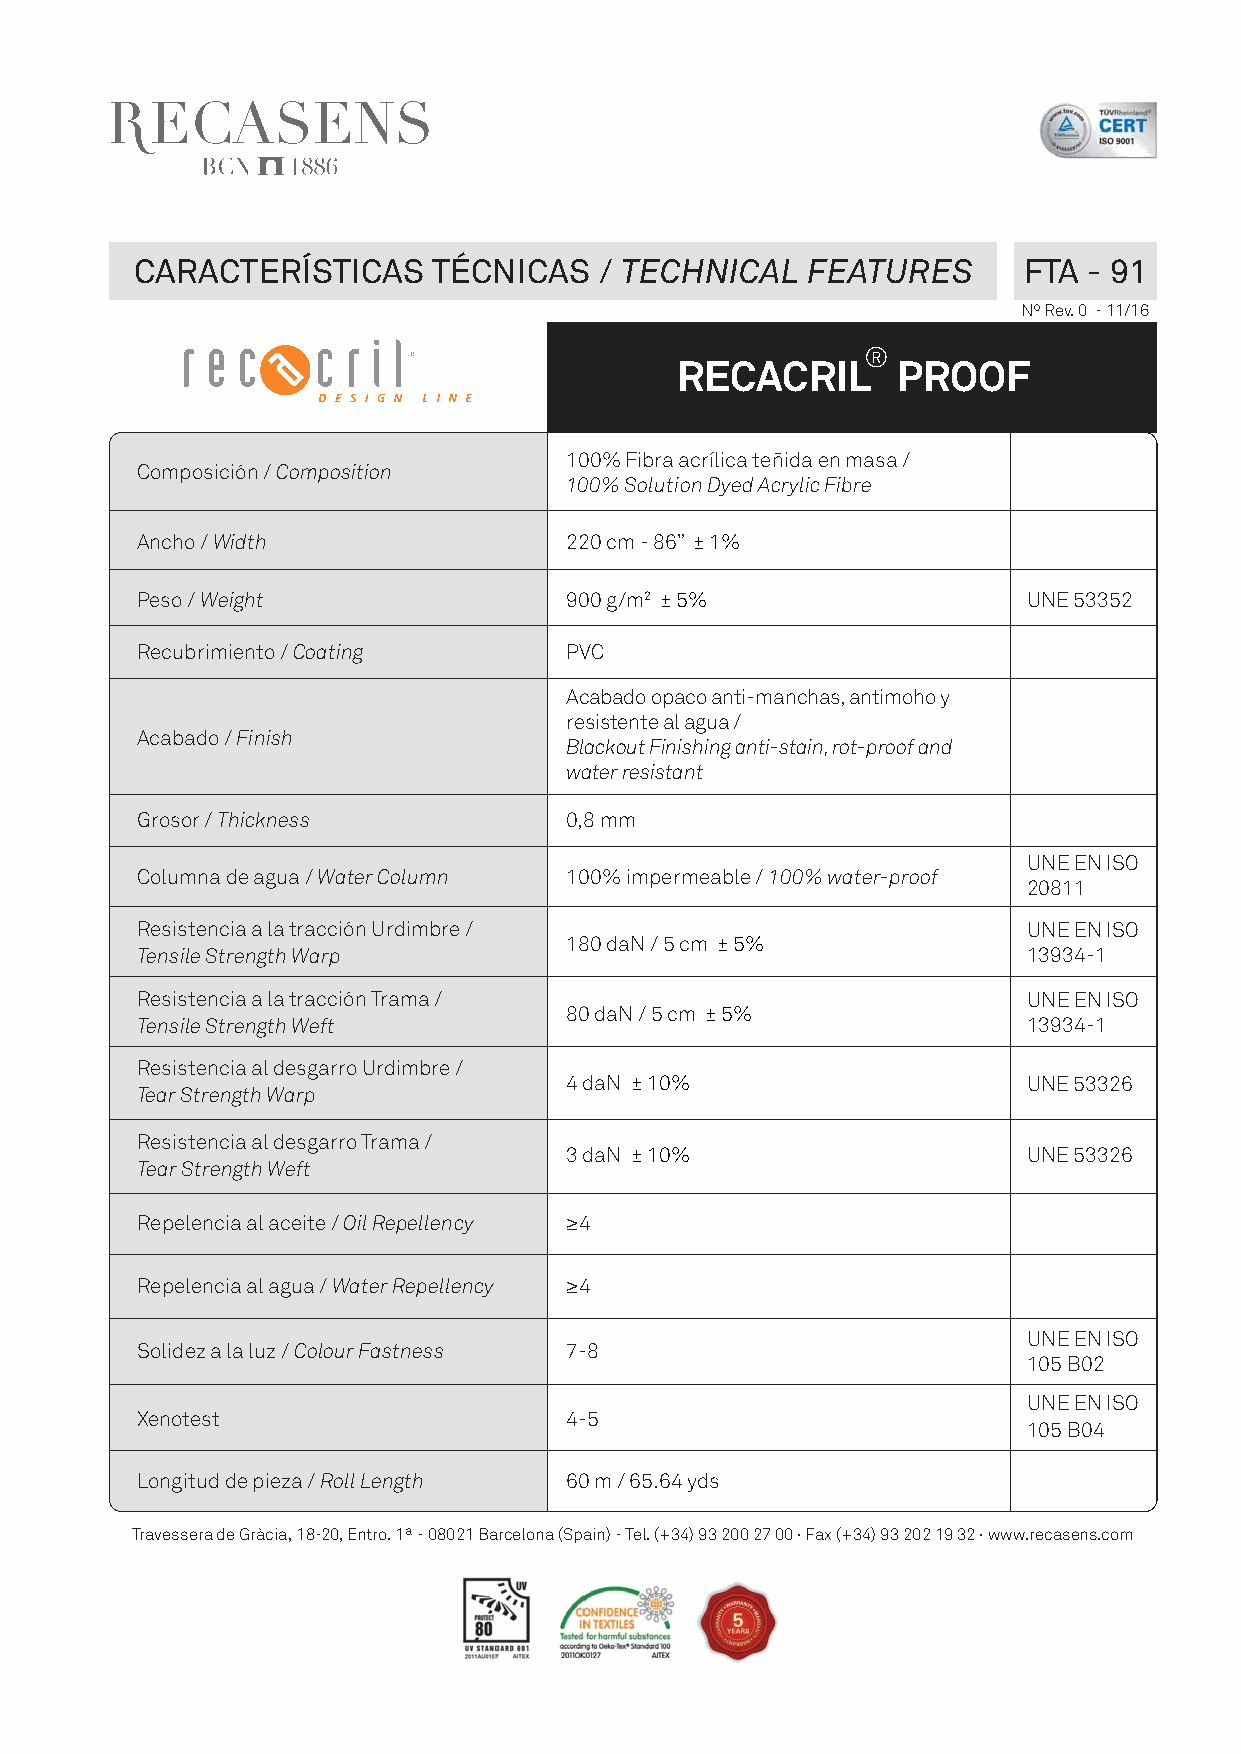
CARACTERÍSTICAS     TÉCNICAS   / TECHNICAL  FEATURES       FTA - 91
 Nº Rev. 0 - 11/16
 RECACRIL®     PROOF
 100% Fibra acrílica teñida en masa /
 Composición / Composition
 100% Solution Dyed Acrylic Fibre
 Ancho / Width               220 cm - 86” ± 1%
 Peso / Weight               900 g/m2 ± 5%                  UNE 53352
 Recubrimiento / Coating     PVC
 Acabado opaco anti-manchas, antimoho y
 resistente al agua /
 Acabado / Finish
 Blackout Finishing anti-stain, rot-proof and
 water resistant
 Grosor / Thickness          0,8 mm
 UNE EN ISO
 Columna de agua / Water Column 100% impermeable / 100% water-proof
 20811
 Resistencia a la tracción Urdimbre /                       UNE EN ISO
 180 daN / 5 cm ± 5%
 Tensile Strength Warp                                      13934-1
 Resistencia a la tracción Trama /                          UNE EN ISO
 80 daN / 5 cm ± 5%
 Tensile Strength Weft                                      13934-1
 Resistencia al desgarro Urdimbre /
 4 daN ± 10%                    UNE 53326
 Tear Strength Warp
 Resistencia al desgarro Trama /
 3 daN ± 10%                    UNE 53326
 Tear Strength Weft
 Repelencia al aceite / Oil Repellency ≥4
 Repelencia al agua / Water Repellency ≥4
 UNE EN ISO
 Solidez a la luz / Colour Fastness 7-8
 105 B02
 UNE EN ISO
 Xenotest                    4-5
 105 B04
 Longitud de pieza / Roll Length 60 m / 65.64 yds
 Travessera de Gràcia, 18-20, Entro. 1ª - 08021 Barcelona (Spain) - Tel. (+34) 93 200 27 00 · Fax (+34) 93 202 19 32 · www.recasens.com